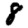
Digit: 8